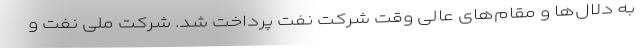
به دلال‌ها و مقام‌های عالی وقت شرکت نفت پرداخت شد. شرکت ملی نفت و